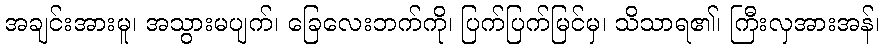
အချင်းအားမူ၊ အသွားမပျက်၊ ခြေလေးဘက်ကို၊ ပြက်ပြက်မြင်မှ၊ သိသာရ၏၊ ကြီးလှအားအန်၊